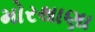
મોરથાણા